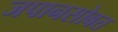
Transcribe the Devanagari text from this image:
जपानसोबत